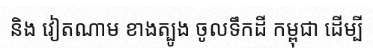
និង វៀតណាម ខាងត្បូង ចូលទឹកដី កម្ពុជា ដើម្បី